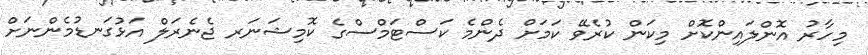
މިހާރު އޮންލައިންކޮށް މިކަން ކުރެވޭ ކަމަށް ދެންމެ ކަސްޓަމްސްގެ ކޮމިޝަނަރ ޖެނެރަލް އަޅުގަނޑުމެންނަށް